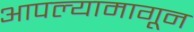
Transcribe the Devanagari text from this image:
आपल्यामागून